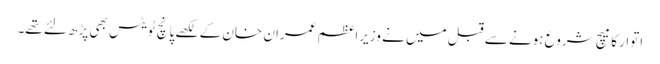
اتوار کا میچ شروع ہونے سے قبل میں نے وزیراعظم عمران خان کے لکھے پانچ ٹویٹس بھی پڑھ لئے تھے۔